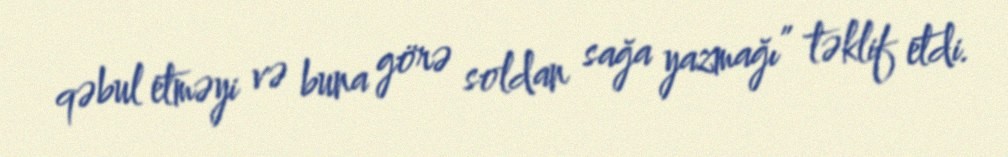
qəbul etməyi və buna görə soldan sağa yazmağı” təklif etdi.